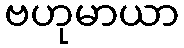
ဗဟုမာယာ